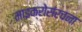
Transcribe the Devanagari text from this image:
माइक्रोसंरचना